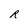
Character: R